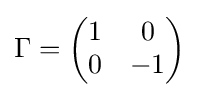
\Gamma ={\begin{pmatrix}1&0\\0&-1\end{pmatrix}}